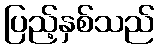
ပြည့်နှစ်သည်